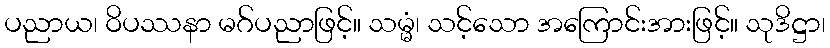
ပညာယ၊ ဝိပဿနာ မဂ်ပညာဖြင့်။ သမ္မံ၊ သင့်သော အကြောင်းအားဖြင့်။ သုဒိဋ္ဌာ၊